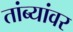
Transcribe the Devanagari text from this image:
तांब्यांवर